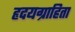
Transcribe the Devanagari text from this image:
हृदयग्राहिता